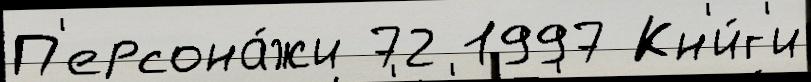
П'ерсона́жи 72 1997 Кн'и́г'и